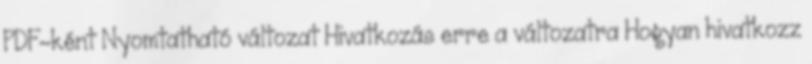
PDF-ként Nyomtatható változat Hivatkozás erre a változatra Hogyan hivatkozz